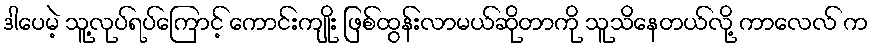
ဒါပေမဲ့ သူ့လုပ်ရပ်ကြောင့် ကောင်းကျိုး ဖြစ်ထွန်းလာမယ်ဆိုတာကို သူသိနေတယ်လို့ ကာလေလ် က